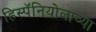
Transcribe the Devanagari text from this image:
हिस्पॅनियोलाच्या